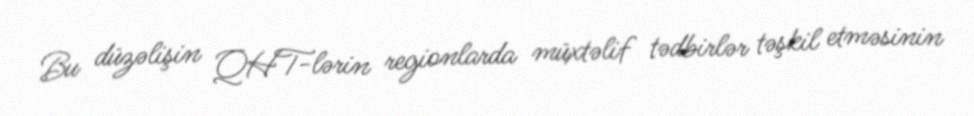
Bu düzəlişin QHT-lərin regionlarda müxtəlif tədbirlər təşkil etməsinin